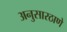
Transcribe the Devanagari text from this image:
अनुसारठाणे